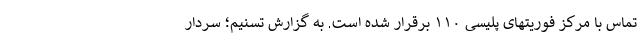
تماس با مرکز فوریتهای پلیسی ۱۱۰ برقرار شده است. به گزارش تسنیم؛ سردار